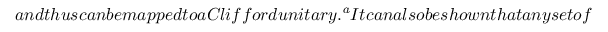
a n d t h u s c a n b e m a p p e d t o a C l i f f o r d u n i t a r y . \footnote { M o r e a c c u r a t e l y , t h e s e t o f s y m p l e t i c a u t o m o r p h i s m s i s i s o m o r p h i c t o t h e C l i f f o r d g r o u p q u o t i e n t t h e P a u l i g r o u p , a n d w e a r e a r b i t r a r i l y u s i n g c a n o n i c a l p o s i t i v i t y o f t h e e l e m e n t s a s a m e a n s o f s e l e c t a n e l e m e n t f r o m e a c h e q u i v a l e n c e c l a s s o f t h e q u o t i e n t g r o u p . } I t c a n a l s o b e s h o w n t h a t a n y s e t o f